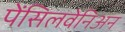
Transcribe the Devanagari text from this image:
पेंसिलवेनिअन